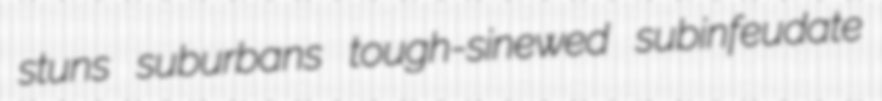
stuns suburbans tough-sinewed subinfeudate